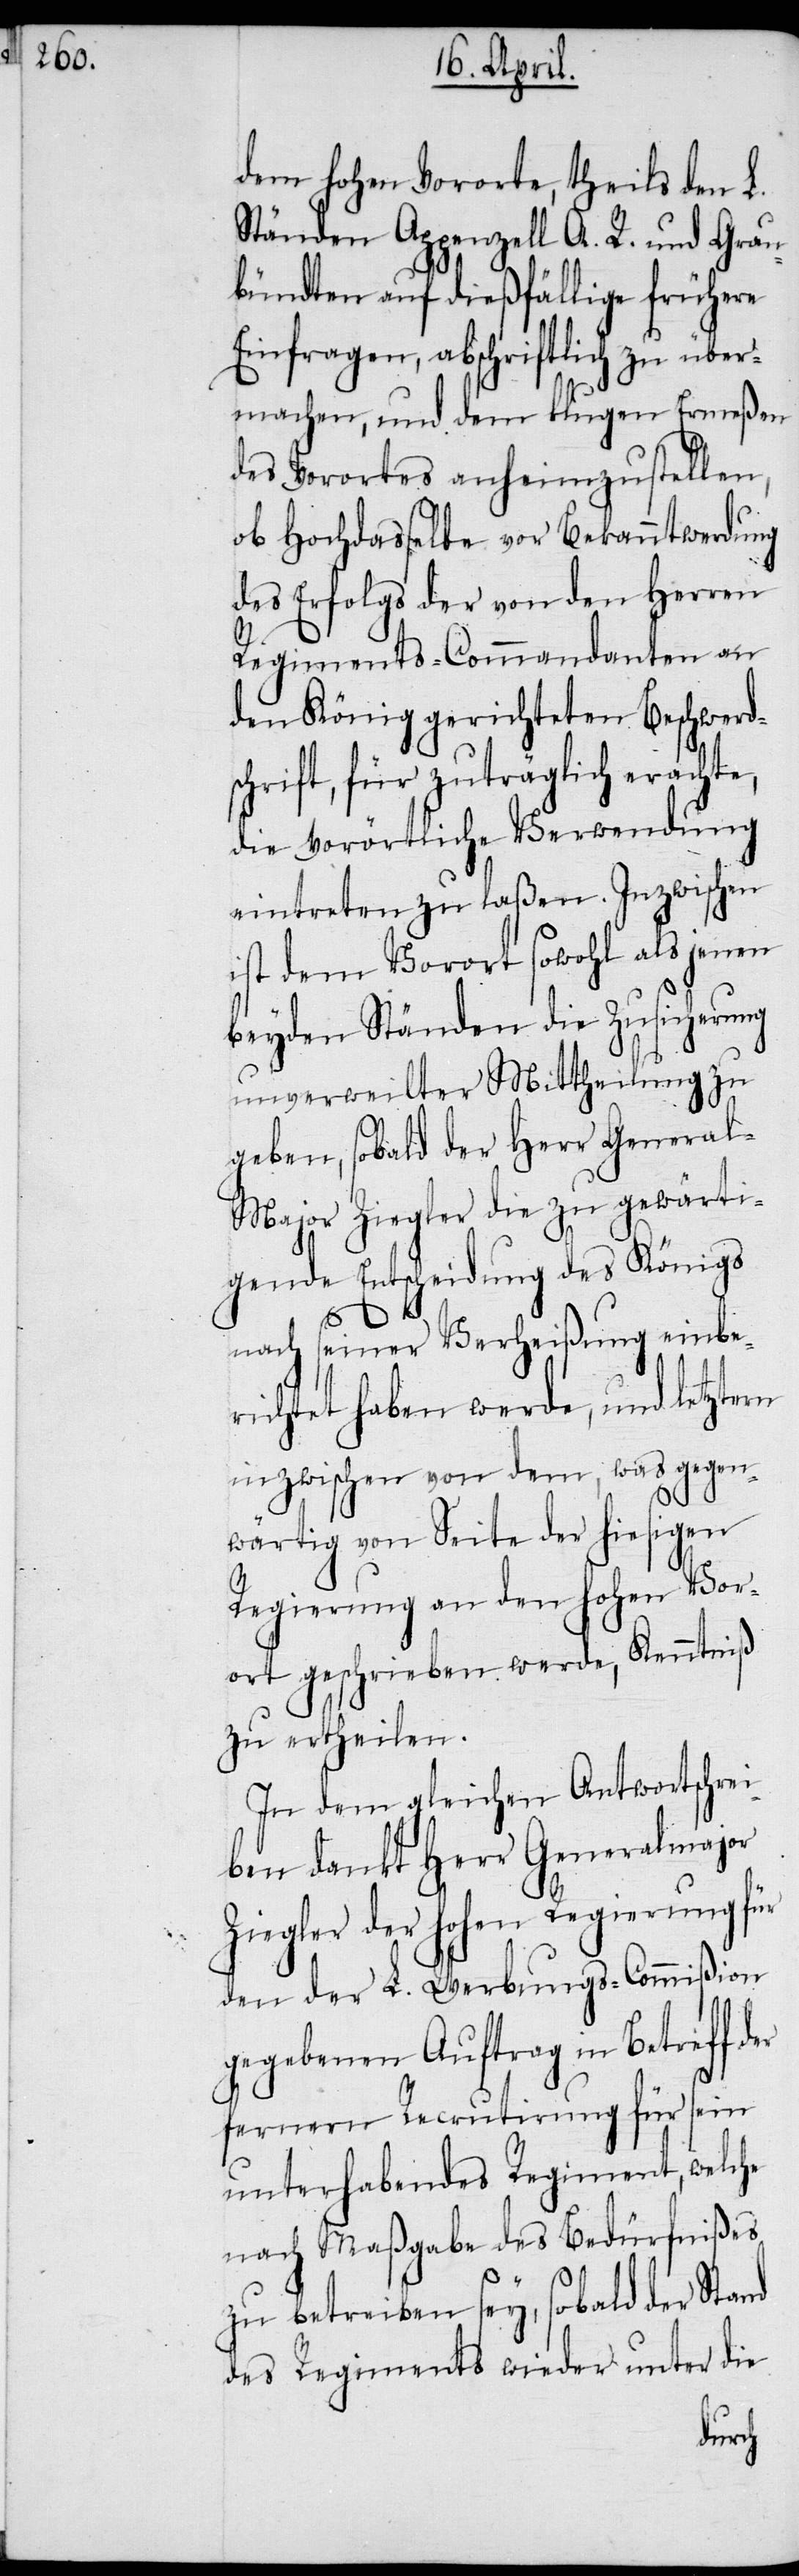
dem hohen Vororte, theils den L.
Ständen Appenzell A. R. und Grau¬
bündten auf dießfällige frühere
Einfragen, abschriftlich zu über¬
machen, und dem klugen Ermeßen
des Vorortes anheimzustellen,
ob Hochdasselbe vor Bekanntwerdung
des Erfolgs der von den Herren
Regiments-Commandanten an
den König gerichteten Beschwerd¬
schrift, für zuträglich erachte,
die vorörtliche Verwendung
eintreten zu laßen. Inzwischen
ist dem Vorort sowohl als jenen
beyden Ständen die Zusicherung
unverweilter Mittheilung zu
geben, sobald der Herr General-M¬
ajor Ziegler die zu gewärti¬
gende Entscheidung des Königs
er
nach seiner Verheißung einbe¬
richtet haben werde, und letztern
inzwischen von dem, was gegen¬
wärtig von Seite der hiesigen
Regierung an den hohen Vor¬
ort geschrieben werde, Kenntniß
zu ertheilen.
In dem gleichen Antwortschrei¬
ben dankt Herr Generalmajor
Ziegler der hohen Regierung für
den der L. Werbungs-Commißion
gegebenen Auftrag in Betreff d¬
fernern Recrutirung für sein
unterhabendes Regiment, welche
nach Maßgabe des Bedürfnißes
zu betreiben sey, sobald der Stand
des Regiments wieder unter die